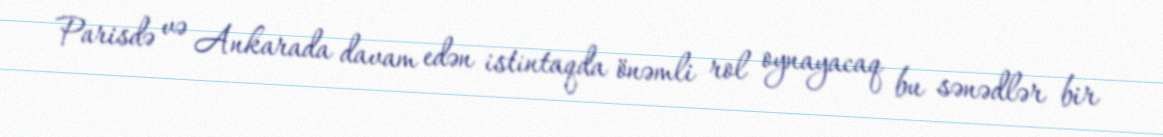
Parisdə və Ankarada davam edən istintaqda önəmli rol oynayacaq bu sənədlər bir